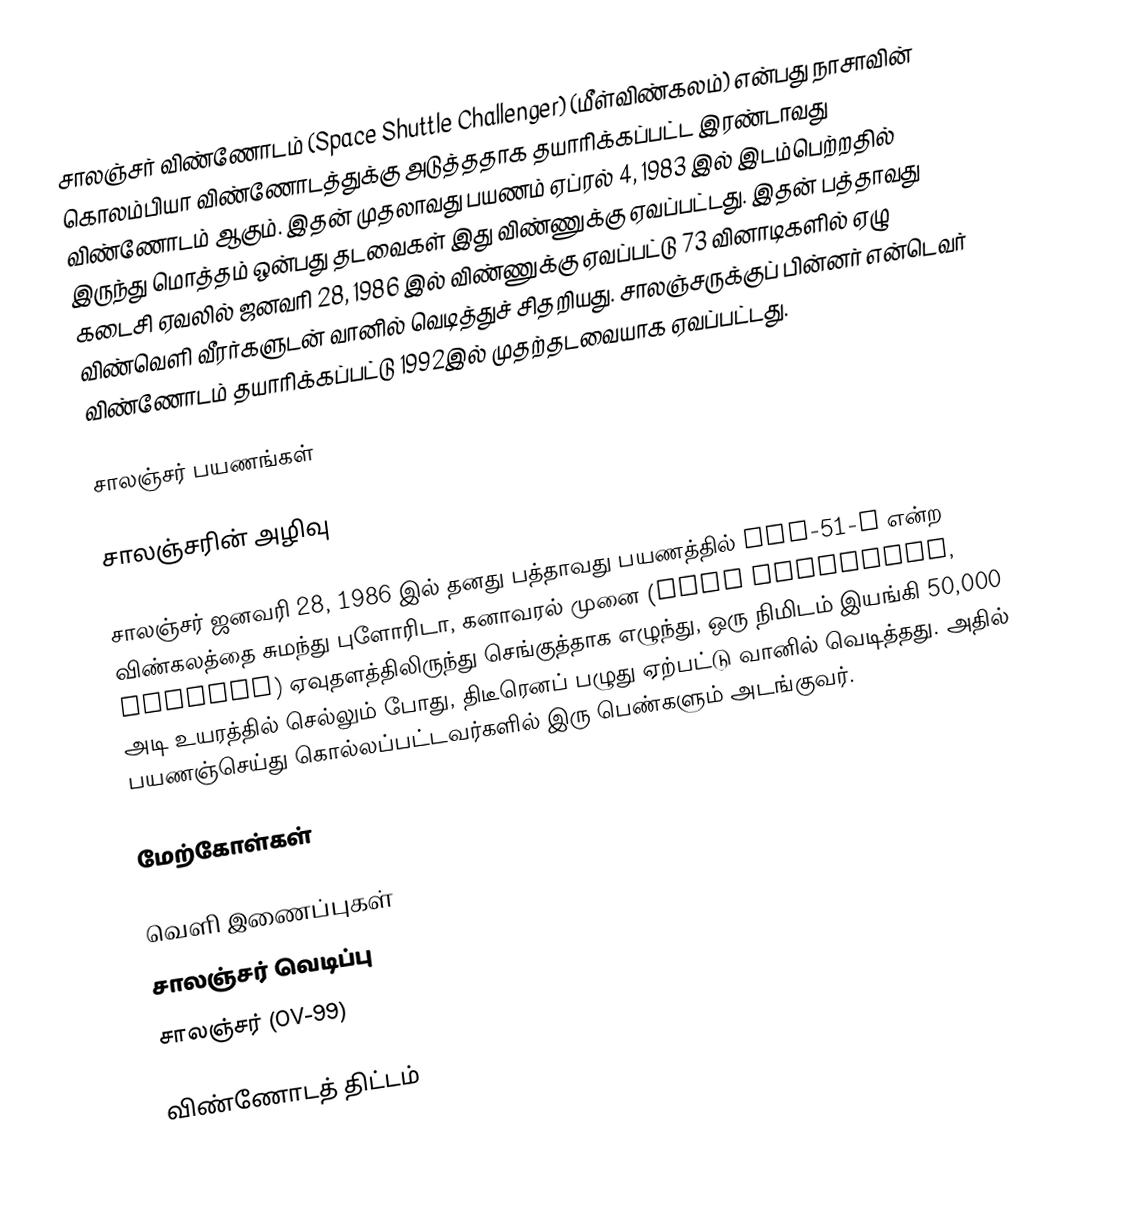
சாலஞ்சர் விண்ணோடம் (Space Shuttle Challenger) (மீள்விண்கலம்) என்பது நாசாவின் கொலம்பியா விண்ணோடத்துக்கு அடுத்ததாக தயாரிக்கப்பட்ட இரண்டாவது விண்ணோடம் ஆகும். இதன் முதலாவது பயணம் ஏப்ரல் 4, 1983 இல் இடம்பெற்றதில் இருந்து மொத்தம் ஒன்பது தடவைகள் இது விண்ணுக்கு ஏவப்பட்டது. இதன் பத்தாவது கடைசி ஏவலில் ஜனவரி 28, 1986 இல் விண்ணுக்கு ஏவப்பட்டு 73 வினாடிகளில் ஏழு விண்வெளி வீரர்களுடன் வானில் வெடித்துச் சிதறியது. சாலஞ்சருக்குப் பின்னர் என்டெவர் விண்ணோடம் தயாரிக்கப்பட்டு 1992இல் முதற்தடவையாக ஏவப்பட்டது.

சாலஞ்சர் பயணங்கள்

சாலஞ்சரின் அழிவு

சாலஞ்சர் ஜனவரி 28, 1986 இல் தனது பத்தாவது பயணத்தில் STS-51-L என்ற விண்கலத்தை சுமந்து புளோரிடா, கனாவரல் முனை (Cape Canaveral, Florida) ஏவுதளத்திலிருந்து செங்குத்தாக எழுந்து, ஒரு நிமிடம் இயங்கி 50,000 அடி உயரத்தில் செல்லும் போது, திடீரெனப் பழுது ஏற்பட்டு வானில் வெடித்தது. அதில் பயணஞ்செய்து கொல்லப்பட்டவர்களில் இரு பெண்களும் அடங்குவர்.

மேற்கோள்கள்

வெளி இணைப்புகள்
 சாலஞ்சர் வெடிப்பு
 சாலஞ்சர் (OV-99)

விண்ணோடத் திட்டம்